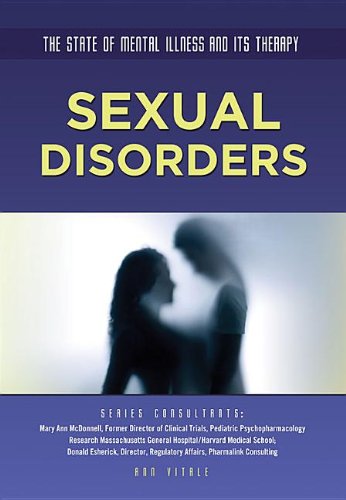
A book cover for Sexual Disorders (The State of Mental Illness and Its Therapy); Ann Vitale; Teen & Young Adult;